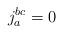
LaTeX: \begin{align*}j^{bc}_a = 0\end{align*}